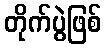
တိုက်ပွဲဖြစ်